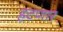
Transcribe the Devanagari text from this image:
हटणार